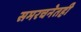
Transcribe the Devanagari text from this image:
समरचनेतही